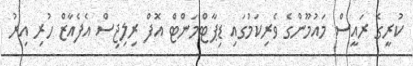
ކުރީގެ ރައީސް މައުމޫންގެ ވެރިކަމުގައި ޑިޕާޓްމަންޓް އޮފް ރިލިޖިސް އެފެއާޒް ހުރި އިރު